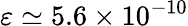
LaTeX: \varepsilon\simeq 5.6\times 10^{-10}